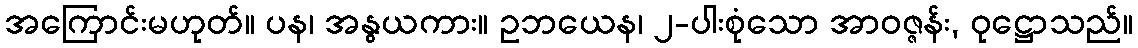
အကြောင်းမဟုတ်။ ပန၊ အနွယကား။ ဥဘယေန၊ ၂-ပါးစုံသော အာဝဇ္ဇန်း, ဝုဋ္ဌောသည်။